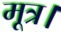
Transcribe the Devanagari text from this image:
मूत्र।